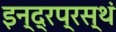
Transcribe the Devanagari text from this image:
इन्द्रप्रस्थं